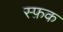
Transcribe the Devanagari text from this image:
स्फ़क